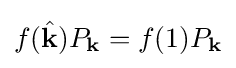
f({\hat {\mathbf {k} }})P_{\mathbf {k} }=f(1)P_{\mathbf {k} }